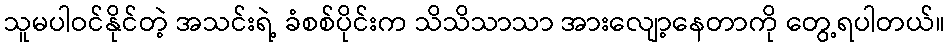
သူမပါဝင်နိုင်တဲ့ အသင်းရဲ့ ခံစစ်ပိုင်းက သိသိသာသာ အားလျော့နေတာကို တွေ့ရပါတယ်။